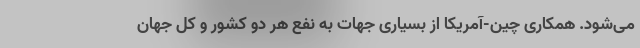
می‌شود. همکاری چین-آمریکا از بسیاری جهات به نفع هر دو کشور و کل جهان